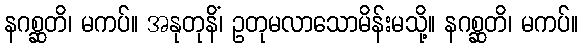
နဂစ္ဆတိ၊ မကပ်။ အနုတုနိံ၊ ဥတုမလာသောမိန်းမသို့။ နဂစ္ဆတိ၊ မကပ်။